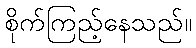
စိုက်ကြည့်နေသည်။